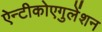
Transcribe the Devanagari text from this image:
ऐन्टीकोएगुलेंशन